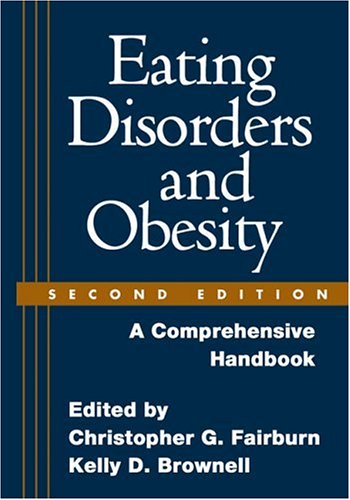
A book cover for Eating Disorders and Obesity, Second Edition: A Comprehensive Handbook; Self-Help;